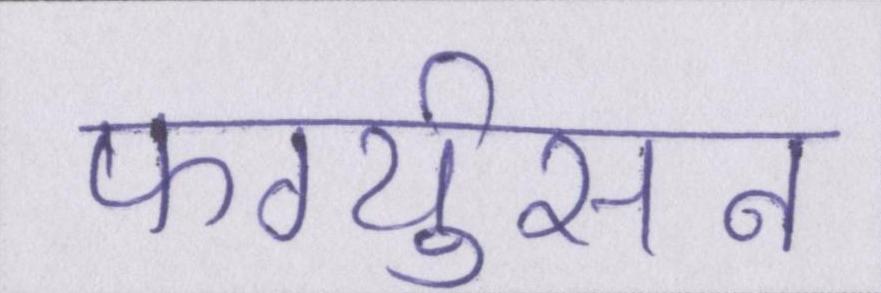
फर्ग्युसन